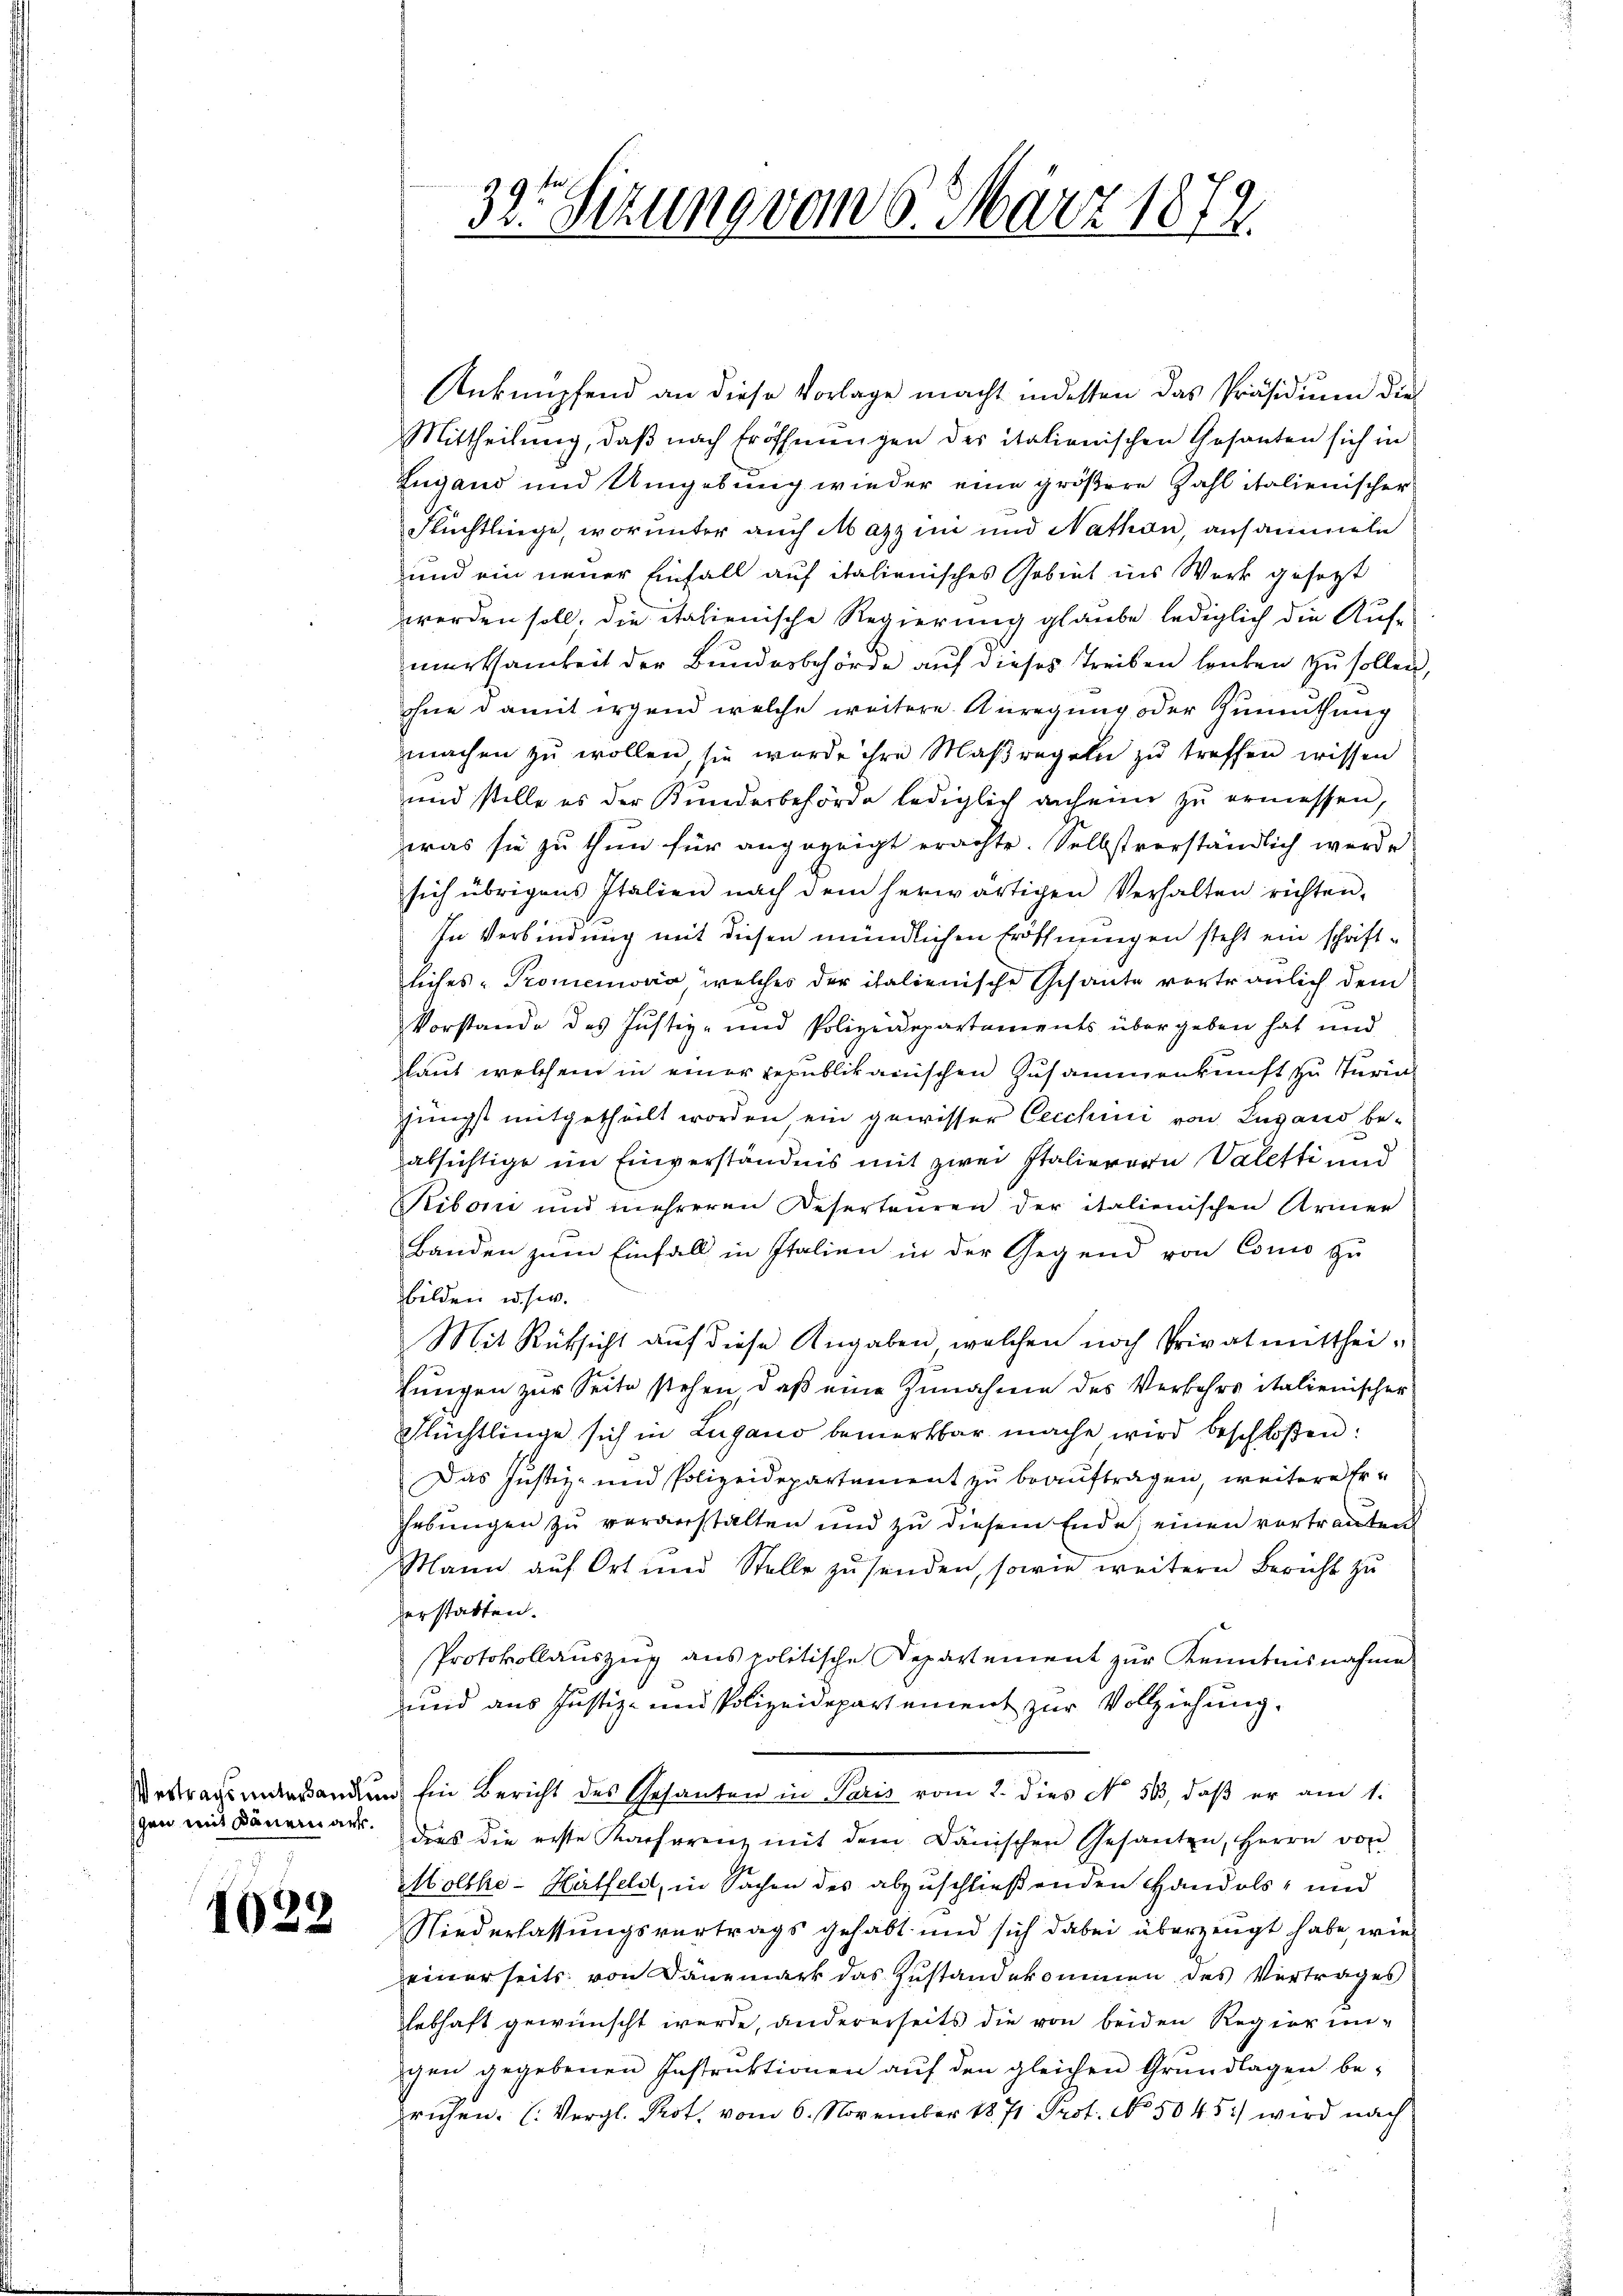
Vertrags unterhandlung
gen mit Dänemark¬

1022

32. Sizung vom 6. März 1872.

Anknüpfend an diese Vorlage macht indessen das Präsidium dies
Mittheilung, daß nach Eröffnungen des italienischen Gesanten sich in
Zugand und Umgebung wieder eine größere Zahl italienischer
Flüchtlinge, worunter auch Masz im und Nathan, ansammeln
und ein neuer Einfall auf italienisches Gebiet ins Werk gesetzt
werden soll, die italienische Regierung glaube lediglich die Auf-
merksamkeit der Bunderbehörde aŭf dieses Treiben lauten zu sollen,
ohne damit irgend welche weitere Anregung oder Zumuthung
machen zu wollen, sie wurde ihre Maßregeln zu treffen wissen
und stelle es der Kunderbehörde lediglich anheim zu ermessen,
zras sie zu thun für angezeigt erachte. Selbstverständlich werde
sich übrigens Italien nach dem herwärtigen Verhalten richten,
In Verbindung mit diesen mündlichen Eröffnungen steht ein schriftliches Promemoria welches der italienische Schante vertraulich dem
Vorstande des Justiz- und Polizeidepartements übergeben hat und
laut welchem in einer republikanischen Zusammenkunft zu Turin
jüngst mitgetheilt worden ein gewisser Cecchini von Lugano be-
absichtige im Einverständnis mit zwei Italierern Valetti und
Ribon und mehreren Deserteuren der italienischen Armer
Banden zum Einfall in Italien in der Gegend von Como zu
bilden u. s.
Mit Rüksicht auf diese Angaben welchen noch Privatmitthei-
fungen zur Seite stehen, daß eine Zunahme des Verkehrs italienischer
Flüchtlinge sich in Lugano bemerkbar mache wird beschloßen:
Das Justiz- und Polizeidepartement zu beauftragen, weitere Er¬
Hebungen zu veranstalten und zu diesem Ende, einen vortrauten
Mann auf Ort und Stelle zu senden, sowie weitern Bericht zu
erstatten.
Protokollauszug aus politische Departement zur Kenntnisnahme
und aus Justiz- und Polizeidepartement zur Vollziehung.
Ein Bericht des Gesanten in Paris vom 2. dies No 56, daβ er am 1.
das die erste Kacherenz mit dem Dänischen Gesanten, Herrn von
Molthe- Hilfeld, in Sachen des abzuschließenden Handels- und
Niederlassungsvertrags gehabt und sich dabei überzeugt habe wir
einerseits von Dänemark das Zustandekommen des Vertrages
lebhaft gewünscht werde, andererseits die von beiden Regierun-
gen gegebenen Instruktionen auf den gleichen Grundlagen bepruhen. (Vergl. Prot. vom 6. November 1871 Prot. No. 5045) wird nach